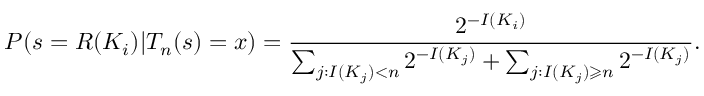
P ( s = R ( K _ { i } ) | T _ { n } ( s ) = x ) = { \frac { 2 ^ { - I ( K _ { i } ) } } { \sum _ { j : I ( K _ { j } ) < n } 2 ^ { - I ( K _ { j } ) } + \sum _ { j : I ( K _ { j } ) \geqslant n } 2 ^ { - I ( K _ { j } ) } } } .